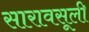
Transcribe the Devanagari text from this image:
सारावसूली